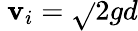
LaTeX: \ \mathbf{v}_{i}={\sqrt{}{{2gd}}}